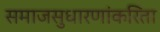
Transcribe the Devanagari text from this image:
समाजसुधारणांकरिता